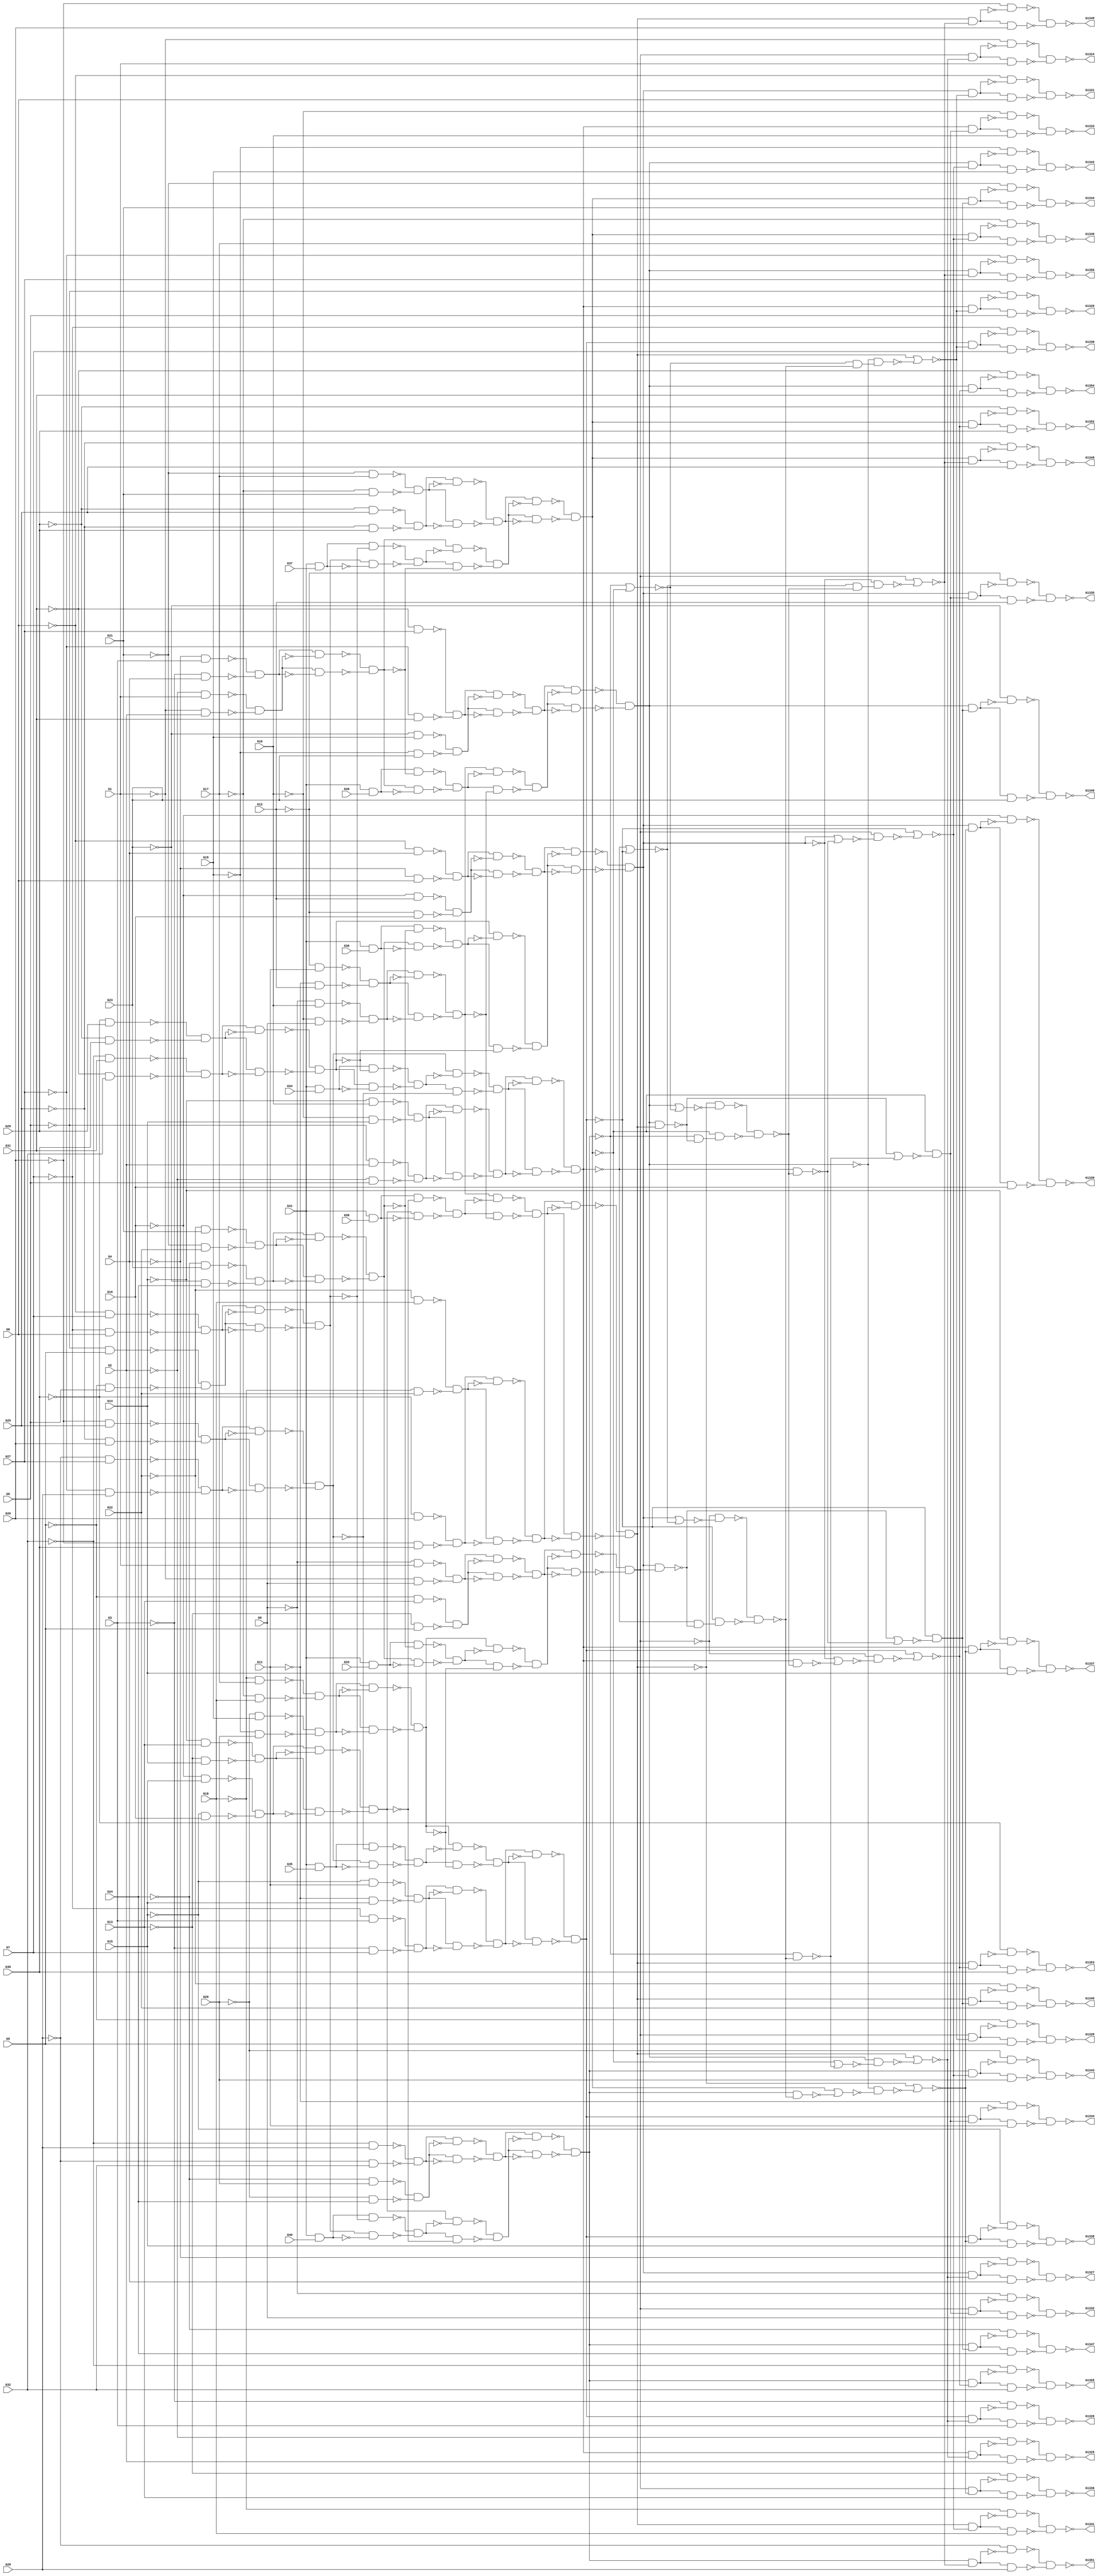

// Generated by Cadence Genus(TM) Synthesis Solution 16.22-s033_1
// Generated on: May  5 2020 09:32:50 EDT (May  5 2020 13:32:50 UTC)

// Verification Directory fv/c1355

module c1355g(G1, G10, G11, G12, G13, G1324, G1325, G1326, G1327, G1328,
     G1329, G1330, G1331, G1332, G1333, G1334, G1335, G1336, G1337,
     G1338, G1339, G1340, G1341, G1342, G1343, G1344, G1345, G1346,
     G1347, G1348, G1349, G1350, G1351, G1352, G1353, G1354, G1355,
     G14, G15, G16, G17, G18, G19, G2, G20, G21, G22, G23, G24, G25,
     G26, G27, G28, G29, G3, G30, G31, G32, G33, G34, G35, G36, G37,
     G38, G39, G4, G40, G41, G5, G6, G7, G8, G9);
  input G1, G10, G11, G12, G13, G14, G15, G16, G17, G18, G19, G2, G20,
       G21, G22, G23, G24, G25, G26, G27, G28, G29, G3, G30, G31, G32,
       G33, G34, G35, G36, G37, G38, G39, G4, G40, G41, G5, G6, G7, G8,
       G9;
  output G1324, G1325, G1326, G1327, G1328, G1329, G1330, G1331, G1332,
       G1333, G1334, G1335, G1336, G1337, G1338, G1339, G1340, G1341,
       G1342, G1343, G1344, G1345, G1346, G1347, G1348, G1349, G1350,
       G1351, G1352, G1353, G1354, G1355;
  wire G1, G10, G11, G12, G13, G14, G15, G16, G17, G18, G19, G2, G20,
       G21, G22, G23, G24, G25, G26, G27, G28, G29, G3, G30, G31, G32,
       G33, G34, G35, G36, G37, G38, G39, G4, G40, G41, G5, G6, G7, G8,
       G9;
  wire G1324, G1325, G1326, G1327, G1328, G1329, G1330, G1331, G1332,
       G1333, G1334, G1335, G1336, G1337, G1338, G1339, G1340, G1341,
       G1342, G1343, G1344, G1345, G1346, G1347, G1348, G1349, G1350,
       G1351, G1352, G1353, G1354, G1355;
  wire n_0, n_1, n_2, n_3, n_4, n_5, n_6, n_7;
  wire n_8, n_9, n_10, n_11, n_12, n_13, n_14, n_15;
  wire n_16, n_17, n_18, n_19, n_20, n_21, n_22, n_23;
  wire n_24, n_25, n_26, n_27, n_28, n_29, n_30, n_31;
  wire n_32, n_33, n_34, n_35, n_36, n_37, n_38, n_39;
  wire n_40, n_41, n_42, n_43, n_44, n_45, n_46, n_47;
  wire n_48, n_49, n_50, n_51, n_52, n_53, n_54, n_55;
  wire n_56, n_57, n_58, n_59, n_60, n_61, n_62, n_63;
  wire n_64, n_65, n_66, n_67, n_68, n_69, n_70, n_71;
  wire n_72, n_73, n_75, n_77, n_79, n_81, n_82, n_83;
  wire n_84, n_85, n_86, n_87, n_88, n_89, n_90, n_91;
  wire n_92, n_93, n_94, n_95, n_96, n_97, n_98, n_99;
  wire n_100, n_101, n_102, n_103, n_104, n_105, n_106, n_107;
  wire n_108, n_109, n_110, n_111, n_112, n_113, n_114, n_115;
  wire n_116, n_117, n_118, n_119, n_120, n_121, n_122, n_123;
  wire n_124, n_125, n_126, n_127, n_128, n_129, n_130, n_131;
  wire n_132, n_133, n_134, n_135, n_136, n_137, n_138, n_139;
  wire n_140, n_141, n_142, n_143, n_144, n_145, n_146, n_147;
  wire n_148, n_149, n_150, n_151, n_152, n_153, n_154, n_155;
  wire n_156, n_157, n_158, n_159, n_160, n_161, n_162, n_163;
  wire n_164, n_165, n_166, n_167, n_168, n_169;
  wire w, w0, w1, w2;
  nand g2142__7837 (G1336, w0, w2);
  nand g2 (w2, w1, G13);
  not g1 (w1, n_167);
  nand g0 (w0, w, n_167);
  not g (w, G13);
  wire w3, w4, w5, w6;
  nand g2138__7557 (G1325, w4, w6);
  nand g6 (w6, w5, G2);
  not g5 (w5, n_164);
  nand g4 (w4, w3, n_164);
  not g3 (w3, G2);
  wire w7, w8, w9, w10;
  nand g2130__7654 (G1326, w8, w10);
  nand g10 (w10, w9, G3);
  not g9 (w9, n_150);
  nand g8 (w8, w7, n_150);
  not g7 (w7, G3);
  wire w11, w12, w13, w14;
  nand g2131__8867 (G1327, w12, w14);
  nand g14 (w14, w13, G4);
  not g13 (w13, n_147);
  nand g12 (w12, w11, n_147);
  not g11 (w11, G4);
  wire w15, w16, w17, w18;
  nand g2133__1377 (G1324, w16, w18);
  nand g18 (w18, w17, G1);
  not g17 (w17, n_159);
  nand g16 (w16, w15, n_159);
  not g15 (w15, G1);
  wire w19, w20, w21, w22;
  nand g2137__3717 (G1337, w20, w22);
  nand g22 (w22, w21, G14);
  not g21 (w21, n_163);
  nand g20 (w20, w19, n_163);
  not g19 (w19, G14);
  wire w23, w24, w25, w26;
  nand g2143__4599 (G1338, w24, w26);
  nand g26 (w26, w25, G15);
  not g25 (w25, n_166);
  nand g24 (w24, w23, n_166);
  not g23 (w23, G15);
  wire w27, w28, w29, w30;
  nand g2144__3779 (G1339, w28, w30);
  nand g30 (w30, w29, G16);
  not g29 (w29, n_151);
  nand g28 (w28, w27, n_151);
  not g27 (w27, G16);
  wire w31, w32, w33, w34;
  nand g2135__2007 (G1352, w32, w34);
  nand g34 (w34, w33, G29);
  not g33 (w33, n_168);
  nand g32 (w32, w31, n_168);
  not g31 (w31, G29);
  wire w35, w36, w37, w38;
  nand g2129__1237 (G1341, w36, w38);
  nand g38 (w38, w37, G18);
  not g37 (w37, n_169);
  nand g36 (w36, w35, n_169);
  not g35 (w35, G18);
  wire w39, w40, w41, w42;
  nand g2134__1297 (G1342, w40, w42);
  nand g42 (w42, w41, G19);
  not g41 (w41, n_161);
  nand g40 (w40, w39, n_161);
  not g39 (w39, G19);
  wire w43, w44, w45, w46;
  nand g2139__2006 (G1343, w44, w46);
  nand g46 (w46, w45, G20);
  not g45 (w45, n_148);
  nand g44 (w44, w43, n_148);
  not g43 (w43, G20);
  wire w47, w48, w49, w50;
  nand g2132__2833 (G1340, w48, w50);
  nand g50 (w50, w49, G17);
  not g49 (w49, n_153);
  nand g48 (w48, w47, n_153);
  not g47 (w47, G17);
  wire w51, w52, w53, w54;
  nand g2136__7547 (G1353, w52, w54);
  nand g54 (w54, w53, G30);
  not g53 (w53, n_156);
  nand g52 (w52, w51, n_156);
  not g51 (w51, G30);
  wire w55, w56, w57, w58;
  nand g2141__7765 (G1354, w56, w58);
  nand g58 (w58, w57, G31);
  not g57 (w57, n_145);
  nand g56 (w56, w55, n_145);
  not g55 (w55, G31);
  wire w59, w60, w61, w62;
  nand g2140__9867 (G1355, w60, w62);
  nand g62 (w62, w61, G32);
  not g61 (w61, n_143);
  nand g60 (w60, w59, n_143);
  not g59 (w59, G32);
  wire w63, w64, w65, w66;
  nand g2158__3377 (G1333, w64, w66);
  nand g66 (w66, w65, G10);
  not g65 (w65, n_140);
  nand g64 (w64, w63, n_140);
  not g63 (w63, G10);
  wire w67, w68, w69, w70;
  nand g2153__9719 (G1329, w68, w70);
  nand g70 (w70, w69, G6);
  not g69 (w69, n_137);
  nand g68 (w68, w67, n_137);
  not g67 (w67, G6);
  wire w71, w72, w73, w74;
  nand g2147__1591 (G1331, w72, w74);
  nand g74 (w74, w73, G8);
  not g73 (w73, n_134);
  nand g72 (w72, w71, n_134);
  not g71 (w71, G8);
  wire w75, w76, w77, w78;
  nand g2148__6789 (G1332, w76, w78);
  nand g78 (w78, w77, G9);
  not g77 (w77, n_125);
  nand g76 (w76, w75, n_125);
  not g75 (w75, G9);
  wire w79, w80, w81, w82;
  nand g2149__5927 (G1328, w80, w82);
  nand g82 (w82, w81, G5);
  not g81 (w81, n_141);
  nand g80 (w80, w79, n_141);
  not g79 (w79, G5);
  wire w83, w84, w85, w86;
  nand g2145__2001 (G1334, w84, w86);
  nand g86 (w86, w85, G11);
  not g85 (w85, n_129);
  nand g84 (w84, w83, n_129);
  not g83 (w83, G11);
  wire w87, w88, w89, w90;
  nand g2146__1122 (G1330, w88, w90);
  nand g90 (w90, w89, G7);
  not g89 (w89, n_135);
  nand g88 (w88, w87, n_135);
  not g87 (w87, G7);
  wire w91, w92, w93, w94;
  nand g2150__2005 (G1335, w92, w94);
  nand g94 (w94, w93, G12);
  not g93 (w93, n_127);
  nand g92 (w92, w91, n_127);
  not g91 (w91, G12);
  wire w95, w96, w97, w98;
  nand g2154__9771 (G1348, w96, w98);
  nand g98 (w98, w97, G25);
  not g97 (w97, n_122);
  nand g96 (w96, w95, n_122);
  not g95 (w95, G25);
  wire w99, w100, w101, w102;
  nand g2152__3457 (G1345, w100, w102);
  nand g102 (w102, w101, G22);
  not g101 (w101, n_133);
  nand g100 (w100, w99, n_133);
  not g99 (w99, G22);
  wire w103, w104, w105, w106;
  nand g2157__1279 (G1346, w104, w106);
  nand g106 (w106, w105, G23);
  not g105 (w105, n_123);
  nand g104 (w104, w103, n_123);
  not g103 (w103, G23);
  wire w107, w108, w109, w110;
  nand g2159__6179 (G1347, w108, w110);
  nand g110 (w110, w109, G24);
  not g109 (w109, n_139);
  nand g108 (w108, w107, n_139);
  not g107 (w107, G24);
  wire w111, w112, w113, w114;
  nand g2151__7837 (G1344, w112, w114);
  nand g114 (w114, w113, G21);
  not g113 (w113, n_124);
  nand g112 (w112, w111, n_124);
  not g111 (w111, G21);
  wire w115, w116, w117, w118;
  nand g2155__7557 (G1349, w116, w118);
  nand g118 (w118, w117, G26);
  not g117 (w117, n_126);
  nand g116 (w116, w115, n_126);
  not g115 (w115, G26);
  wire w119, w120, w121, w122;
  nand g2156__7654 (G1350, w120, w122);
  nand g122 (w122, w121, G27);
  not g121 (w121, n_131);
  nand g120 (w120, w119, n_131);
  not g119 (w119, G27);
  wire w123, w124, w125, w126;
  nand g2160__8867 (G1351, w124, w126);
  nand g126 (w126, w125, G28);
  not g125 (w125, n_138);
  nand g124 (w124, w123, n_138);
  not g123 (w123, G28);
  nand g2170__1377 (n_169, n_154, n_160);
  nand g2169__3717 (n_168, n_152, n_155);
  nand g2165__4599 (n_167, n_157, n_165);
  nand g2163__3779 (n_166, n_149, n_165);
  nand g2161__2007 (n_164, n_162, n_158);
  nand g2162__1237 (n_163, n_162, n_165);
  nand g2171__1297 (n_161, n_144, n_160);
  nand g2166__2006 (n_159, n_157, n_158);
  nand g2174__2833 (n_156, n_154, n_155);
  nand g2173__7547 (n_153, n_152, n_160);
  nand g2164__7765 (n_151, n_146, n_165);
  nand g2167__9867 (n_150, n_149, n_158);
  nand g2172__3377 (n_148, n_142, n_160);
  nand g2168__9719 (n_147, n_146, n_158);
  nand g2175__1591 (n_145, n_144, n_155);
  nand g2176__6789 (n_143, n_142, n_155);
  nand g2181__5927 (n_141, n_157, n_136);
  nand g2178__2001 (n_140, n_162, n_128);
  nand g2179__1122 (n_139, n_142, n_132);
  nand g2180__2005 (n_138, n_142, n_130);
  nand g2177__9771 (n_137, n_162, n_136);
  nand g2182__3457 (n_135, n_149, n_136);
  nand g2183__1279 (n_134, n_146, n_136);
  nand g2184__6179 (n_133, n_154, n_132);
  nand g2189__7837 (n_131, n_144, n_130);
  nand g2186__7557 (n_129, n_149, n_128);
  nand g2187__7654 (n_127, n_146, n_128);
  nand g2188__8867 (n_126, n_154, n_130);
  nand g2185__1377 (n_125, n_157, n_128);
  nand g2190__3717 (n_124, n_152, n_132);
  nand g2191__4599 (n_123, n_144, n_132);
  nand g2192__3779 (n_122, n_152, n_130);
  nor g2193__2007 (n_160, n_115, n_118);
  nor g2194__1237 (n_155, n_149, n_119);
  nor g2195__1297 (n_158, n_154, n_121);
  nor g2196__2006 (n_165, n_88, n_120);
  nor g2199__2833 (n_130, n_157, n_112);
  nor g2200__7547 (n_136, n_154, n_114);
  not g2201 (n_128, n_117);
  not g2202 (n_132, n_116);
  nand g2197__7765 (n_121, n_144, n_111);
  nand g2198__9867 (n_120, n_113, n_104);
  nand g2203__3377 (n_119, n_90, n_103);
  nand g2204__9719 (n_118, n_157, n_106);
  nand g2205__1591 (n_117, n_110, n_108);
  nand g2206__6789 (n_116, n_115, n_109);
  nand g2210__5927 (n_114, n_113, n_101);
  nand g2212__2001 (n_112, n_102, n_100);
  nor g2207__1122 (n_111, n_110, n_107);
  nor g2208__2005 (n_109, n_81, n_105);
  nor g2209__9771 (n_108, n_84, n_107);
  nor g2211__3457 (n_106, n_146, n_105);
  nor g2213__1279 (n_104, n_152, n_95);
  nor g2214__6179 (n_103, n_102, n_97);
  not g2215 (n_101, n_98);
  not g2216 (n_100, n_99);
  nand g2218__7837 (n_99, n_75, n_96);
  nand g2217__7557 (n_98, n_72, n_94);
  nand g2220__7654 (n_97, n_162, n_96);
  nand g2219__8867 (n_95, n_142, n_94);
  nand g2222__1377 (n_107, n_83, n_94);
  nand g2221__3717 (n_105, n_79, n_96);
  nand g2223__4599 (n_96, n_89, n_92);
  nand g2224__3779 (n_94, n_91, n_93);
  nand g2226__2007 (n_93, n_115, n_86);
  nand g2228__1237 (n_92, n_110, n_87);
  nand g2225__1297 (n_91, n_90, n_77);
  nand g2227__2006 (n_89, n_88, n_73);
  not g2231 (n_87, n_85);
  not g2232 (n_86, n_82);
  nand g2233__2833 (n_85, n_83, n_84);
  nand g2234__7547 (n_82, n_79, n_81);
  nor g2229__7765 (n_77, n_146, n_75);
  nor g2230__9867 (n_73, n_144, n_72);
  nand g2235__3377 (n_81, n_146, n_157);
  nand g2238__9719 (n_84, n_144, n_154);
  nor g2236__1591 (n_75, n_79, n_115);
  nor g2237__6789 (n_72, n_83, n_110);
  not g2240 (n_152, n_110);
  not g2247 (n_162, n_79);
  not g2242 (n_157, n_90);
  not g2241 (n_146, n_102);
  not g2249 (n_149, n_115);
  not g2239 (n_142, n_83);
  not g2248 (n_144, n_113);
  not g2250 (n_154, n_88);
  wire w127, w128, w129, w130;
  nand g2245__5927 (n_102, w128, w130);
  nand g130 (w130, w129, n_47);
  not g129 (w129, n_71);
  nand g128 (w128, w127, n_71);
  not g127 (w127, n_47);
  wire w131, w132, w133, w134;
  nand g2246__2001 (n_90, w132, w134);
  nand g134 (w134, w133, n_41);
  not g133 (w133, n_70);
  nand g132 (w132, w131, n_70);
  not g131 (w131, n_41);
  wire w135, w136, w137, w138;
  nand g2243__1122 (n_83, w136, w138);
  nand g138 (w138, w137, n_45);
  not g137 (w137, n_67);
  nand g136 (w136, w135, n_67);
  not g135 (w135, n_45);
  wire w139, w140, w141, w142;
  nand g2244__2005 (n_110, w140, w142);
  nand g142 (w142, w141, n_43);
  not g141 (w141, n_69);
  nand g140 (w140, w139, n_69);
  not g139 (w139, n_43);
  wire w143, w144, w145, w146;
  nand g2252__9771 (n_113, w144, w146);
  nand g146 (w146, w145, n_46);
  not g145 (w145, n_64);
  nand g144 (w144, w143, n_64);
  not g143 (w143, n_46);
  wire w147, w148, w149, w150;
  nand g2254__3457 (n_88, w148, w150);
  nand g150 (w150, w149, n_42);
  not g149 (w149, n_68);
  nand g148 (w148, w147, n_68);
  not g147 (w147, n_42);
  wire w151, w152, w153, w154;
  nand g2251__1279 (n_79, w152, w154);
  nand g154 (w154, w153, n_40);
  not g153 (w153, n_62);
  nand g152 (w152, w151, n_62);
  not g151 (w151, n_40);
  wire w155, w156, w157, w158;
  nand g2253__6179 (n_115, w156, w158);
  nand g158 (w158, w157, n_44);
  not g157 (w157, n_66);
  nand g156 (w156, w155, n_66);
  not g155 (w155, n_44);
  wire w159, w160, w161, w162;
  nand g2257__7837 (n_71, w160, w162);
  nand g162 (w162, w161, n_48);
  not g161 (w161, n_61);
  nand g160 (w160, w159, n_61);
  not g159 (w159, n_48);
  wire w163, w164, w165, w166;
  nand g2256__7557 (n_70, w164, w166);
  nand g166 (w166, w165, n_65);
  not g165 (w165, n_60);
  nand g164 (w164, w163, n_60);
  not g163 (w163, n_65);
  wire w167, w168, w169, w170;
  nand g2255__7654 (n_69, w168, w170);
  nand g170 (w170, w169, n_50);
  not g169 (w169, n_58);
  nand g168 (w168, w167, n_58);
  not g167 (w167, n_50);
  wire w171, w172, w173, w174;
  nand g2258__8867 (n_68, w172, w174);
  nand g174 (w174, w173, n_63);
  not g173 (w173, n_57);
  nand g172 (w172, w171, n_57);
  not g171 (w171, n_63);
  wire w175, w176, w177, w178;
  nand g2261__1377 (n_67, w176, w178);
  nand g178 (w178, w177, n_56);
  not g177 (w177, n_55);
  nand g176 (w176, w175, n_55);
  not g175 (w175, n_56);
  wire w179, w180, w181, w182;
  nand g2260__3717 (n_66, w180, w182);
  nand g182 (w182, w181, n_65);
  not g181 (w181, n_53);
  nand g180 (w180, w179, n_53);
  not g179 (w179, n_65);
  wire w183, w184, w185, w186;
  nand g2259__4599 (n_64, w184, w186);
  nand g186 (w186, w185, n_63);
  not g185 (w185, n_51);
  nand g184 (w184, w183, n_51);
  not g183 (w183, n_63);
  wire w187, w188, w189, w190;
  nand g2262__3779 (n_62, w188, w190);
  nand g190 (w190, w189, n_52);
  not g189 (w189, n_49);
  nand g188 (w188, w187, n_49);
  not g187 (w187, n_52);
  wire w191, w192, w193, w194;
  nand g2265__2007 (n_61, w192, w194);
  nand g194 (w194, w193, n_6);
  not g193 (w193, n_59);
  nand g192 (w192, w191, n_59);
  not g191 (w191, n_6);
  wire w195, w196, w197, w198;
  nand g2264__1237 (n_60, w196, w198);
  nand g198 (w198, w197, n_1);
  not g197 (w197, n_59);
  nand g196 (w196, w195, n_59);
  not g195 (w195, n_1);
  wire w199, w200, w201, w202;
  nand g2263__1297 (n_58, w200, w202);
  nand g202 (w202, w201, n_5);
  not g201 (w201, n_54);
  nand g200 (w200, w199, n_54);
  not g199 (w199, n_5);
  wire w203, w204, w205, w206;
  nand g2266__2006 (n_57, w204, w206);
  nand g206 (w206, w205, n_7);
  not g205 (w205, n_56);
  nand g204 (w204, w203, n_56);
  not g203 (w203, n_7);
  wire w207, w208, w209, w210;
  nand g2268__2833 (n_55, w208, w210);
  nand g210 (w210, w209, n_3);
  not g209 (w209, n_54);
  nand g208 (w208, w207, n_54);
  not g207 (w207, n_3);
  wire w211, w212, w213, w214;
  nand g2269__7547 (n_53, w212, w214);
  nand g214 (w214, w213, n_0);
  not g213 (w213, n_52);
  nand g212 (w212, w211, n_52);
  not g211 (w211, n_0);
  wire w215, w216, w217, w218;
  nand g2267__7765 (n_51, w216, w218);
  nand g218 (w218, w217, n_4);
  not g217 (w217, n_50);
  nand g216 (w216, w215, n_50);
  not g215 (w215, n_4);
  wire w219, w220, w221, w222;
  nand g2270__9867 (n_49, w220, w222);
  nand g222 (w222, w221, n_2);
  not g221 (w221, n_48);
  nand g220 (w220, w219, n_48);
  not g219 (w219, n_2);
  wire w223, w224, w225, w226;
  nand g2275__3377 (n_47, w224, w226);
  nand g226 (w226, w225, n_16);
  not g225 (w225, n_14);
  nand g224 (w224, w223, n_14);
  not g223 (w223, n_16);
  wire w227, w228, w229, w230;
  nand g2274__9719 (n_46, w228, w230);
  nand g230 (w230, w229, n_28);
  not g229 (w229, n_24);
  nand g228 (w228, w227, n_24);
  not g227 (w227, n_28);
  wire w231, w232, w233, w234;
  nand g2271__1591 (n_45, w232, w234);
  nand g234 (w234, w233, n_15);
  not g233 (w233, n_17);
  nand g232 (w232, w231, n_17);
  not g231 (w231, n_15);
  wire w235, w236, w237, w238;
  nand g2273__6789 (n_44, w236, w238);
  nand g238 (w238, w237, n_35);
  not g237 (w237, n_10);
  nand g236 (w236, w235, n_10);
  not g235 (w235, n_35);
  wire w239, w240, w241, w242;
  nand g2272__5927 (n_43, w240, w242);
  nand g242 (w242, w241, n_32);
  not g241 (w241, n_39);
  nand g240 (w240, w239, n_39);
  not g239 (w239, n_32);
  wire w243, w244, w245, w246;
  nand g2277__2001 (n_56, w244, w246);
  nand g246 (w246, w245, n_31);
  not g245 (w245, n_30);
  nand g244 (w244, w243, n_30);
  not g243 (w243, n_31);
  wire w247, w248, w249, w250;
  nand g2278__1122 (n_63, w248, w250);
  nand g250 (w250, w249, n_23);
  not g249 (w249, n_38);
  nand g248 (w248, w247, n_38);
  not g247 (w247, n_23);
  wire w251, w252, w253, w254;
  nand g2276__2005 (n_54, w252, w254);
  nand g254 (w254, w253, n_37);
  not g253 (w253, n_19);
  nand g252 (w252, w251, n_19);
  not g251 (w251, n_37);
  wire w255, w256, w257, w258;
  nand g2280__9771 (n_42, w256, w258);
  nand g258 (w258, w257, n_8);
  not g257 (w257, n_33);
  nand g256 (w256, w255, n_33);
  not g255 (w255, n_8);
  wire w259, w260, w261, w262;
  nand g2281__3457 (n_41, w260, w262);
  nand g262 (w262, w261, n_11);
  not g261 (w261, n_18);
  nand g260 (w260, w259, n_18);
  not g259 (w259, n_11);
  wire w263, w264, w265, w266;
  nand g2279__1279 (n_40, w264, w266);
  nand g266 (w266, w265, n_12);
  not g265 (w265, n_13);
  nand g264 (w264, w263, n_13);
  not g263 (w263, n_12);
  wire w267, w268, w269, w270;
  nand g2282__6179 (n_50, w268, w270);
  nand g270 (w270, w269, n_9);
  not g269 (w269, n_21);
  nand g268 (w268, w267, n_21);
  not g267 (w267, n_9);
  wire w271, w272, w273, w274;
  nand g2283__7837 (n_52, w272, w274);
  nand g274 (w274, w273, n_26);
  not g273 (w273, n_25);
  nand g272 (w272, w271, n_25);
  not g271 (w271, n_26);
  wire w275, w276, w277, w278;
  nand g2284__7557 (n_65, w276, w278);
  nand g278 (w278, w277, n_20);
  not g277 (w277, n_36);
  nand g276 (w276, w275, n_36);
  not g275 (w275, n_20);
  wire w279, w280, w281, w282;
  nand g2285__7654 (n_48, w280, w282);
  nand g282 (w282, w281, n_22);
  not g281 (w281, n_27);
  nand g280 (w280, w279, n_27);
  not g279 (w279, n_22);
  wire w283, w284, w285, w286;
  nand g2286__8867 (n_59, w284, w286);
  nand g286 (w286, w285, n_29);
  not g285 (w285, n_34);
  nand g284 (w284, w283, n_34);
  not g283 (w283, n_29);
  wire w287, w288, w289, w290;
  nand g2295__1377 (n_39, w288, w290);
  nand g290 (w290, w289, G21);
  not g289 (w289, G17);
  nand g288 (w288, w287, G17);
  not g287 (w287, G21);
  wire w291, w292, w293, w294;
  nand g2297__3717 (n_38, w292, w294);
  nand g294 (w294, w293, G12);
  not g293 (w293, G11);
  nand g292 (w292, w291, G11);
  not g291 (w291, G12);
  wire w295, w296, w297, w298;
  nand g2298__4599 (n_37, w296, w298);
  nand g298 (w298, w297, G8);
  not g297 (w297, G7);
  nand g296 (w296, w295, G7);
  not g295 (w295, G8);
  wire w299, w300, w301, w302;
  nand g2299__3779 (n_36, w300, w302);
  nand g302 (w302, w301, G18);
  not g301 (w301, G17);
  nand g300 (w300, w299, G17);
  not g299 (w299, G18);
  wire w303, w304, w305, w306;
  nand g2296__2007 (n_35, w304, w306);
  nand g306 (w306, w305, G7);
  not g305 (w305, G3);
  nand g304 (w304, w303, G3);
  not g303 (w303, G7);
  wire w307, w308, w309, w310;
  nand g2300__1237 (n_34, w308, w310);
  nand g310 (w310, w309, G22);
  not g309 (w309, G21);
  nand g308 (w308, w307, G21);
  not g307 (w307, G22);
  wire w311, w312, w313, w314;
  nand g2302__1297 (n_33, w312, w314);
  nand g314 (w314, w313, G22);
  not g313 (w313, G18);
  nand g312 (w312, w311, G18);
  not g311 (w311, G22);
  wire w315, w316, w317, w318;
  nand g2304__2006 (n_32, w316, w318);
  nand g318 (w318, w317, G29);
  not g317 (w317, G25);
  nand g316 (w316, w315, G25);
  not g315 (w315, G29);
  wire w319, w320, w321, w322;
  nand g2306__2833 (n_31, w320, w322);
  nand g322 (w322, w321, G16);
  not g321 (w321, G15);
  nand g320 (w320, w319, G15);
  not g319 (w319, G16);
  wire w323, w324, w325, w326;
  nand g2308__7547 (n_30, w324, w326);
  nand g326 (w326, w325, G14);
  not g325 (w325, G13);
  nand g324 (w324, w323, G13);
  not g323 (w323, G14);
  wire w327, w328, w329, w330;
  nand g2310__7765 (n_29, w328, w330);
  nand g330 (w330, w329, G24);
  not g329 (w329, G23);
  nand g328 (w328, w327, G23);
  not g327 (w327, G24);
  wire w331, w332, w333, w334;
  nand g2311__9867 (n_28, w332, w334);
  nand g334 (w334, w333, G31);
  not g333 (w333, G27);
  nand g332 (w332, w331, G27);
  not g331 (w331, G31);
  wire w335, w336, w337, w338;
  nand g2317__3377 (n_27, w336, w338);
  nand g338 (w338, w337, G30);
  not g337 (w337, G29);
  nand g336 (w336, w335, G29);
  not g335 (w335, G30);
  wire w339, w340, w341, w342;
  nand g2312__9719 (n_26, w340, w342);
  nand g342 (w342, w341, G28);
  not g341 (w341, G27);
  nand g340 (w340, w339, G27);
  not g339 (w339, G28);
  wire w343, w344, w345, w346;
  nand g2313__1591 (n_25, w344, w346);
  nand g346 (w346, w345, G26);
  not g345 (w345, G25);
  nand g344 (w344, w343, G25);
  not g343 (w343, G26);
  wire w347, w348, w349, w350;
  nand g2314__6789 (n_24, w348, w350);
  nand g350 (w350, w349, G23);
  not g349 (w349, G19);
  nand g348 (w348, w347, G19);
  not g347 (w347, G23);
  wire w351, w352, w353, w354;
  nand g2294__5927 (n_23, w352, w354);
  nand g354 (w354, w353, G9);
  not g353 (w353, G10);
  nand g352 (w352, w351, G10);
  not g351 (w351, G9);
  wire w355, w356, w357, w358;
  nand g2316__2001 (n_22, w356, w358);
  nand g358 (w358, w357, G32);
  not g357 (w357, G31);
  nand g356 (w356, w355, G31);
  not g355 (w355, G32);
  wire w359, w360, w361, w362;
  nand g2301__1122 (n_21, w360, w362);
  nand g362 (w362, w361, G2);
  not g361 (w361, G1);
  nand g360 (w360, w359, G1);
  not g359 (w359, G2);
  wire w363, w364, w365, w366;
  nand g2318__2005 (n_20, w364, w366);
  nand g366 (w366, w365, G20);
  not g365 (w365, G19);
  nand g364 (w364, w363, G19);
  not g363 (w363, G20);
  wire w367, w368, w369, w370;
  nand g2309__9771 (n_19, w368, w370);
  nand g370 (w370, w369, G6);
  not g369 (w369, G5);
  nand g368 (w368, w367, G5);
  not g367 (w367, G6);
  wire w371, w372, w373, w374;
  nand g2307__3457 (n_18, w372, w374);
  nand g374 (w374, w373, G5);
  not g373 (w373, G13);
  nand g372 (w372, w371, G13);
  not g371 (w371, G5);
  wire w375, w376, w377, w378;
  nand g2287__1279 (n_17, w376, w378);
  nand g378 (w378, w377, G24);
  not g377 (w377, G20);
  nand g376 (w376, w375, G20);
  not g375 (w375, G24);
  wire w379, w380, w381, w382;
  nand g2288__6179 (n_16, w380, w382);
  nand g382 (w382, w381, G8);
  not g381 (w381, G4);
  nand g380 (w380, w379, G4);
  not g379 (w379, G8);
  wire w383, w384, w385, w386;
  nand g2305__7837 (n_15, w384, w386);
  nand g386 (w386, w385, G32);
  not g385 (w385, G28);
  nand g384 (w384, w383, G28);
  not g383 (w383, G32);
  wire w387, w388, w389, w390;
  nand g2289__7557 (n_14, w388, w390);
  nand g390 (w390, w389, G16);
  not g389 (w389, G12);
  nand g388 (w388, w387, G12);
  not g387 (w387, G16);
  wire w391, w392, w393, w394;
  nand g2290__7654 (n_13, w392, w394);
  nand g394 (w394, w393, G14);
  not g393 (w393, G10);
  nand g392 (w392, w391, G10);
  not g391 (w391, G14);
  wire w395, w396, w397, w398;
  nand g2291__8867 (n_12, w396, w398);
  nand g398 (w398, w397, G6);
  not g397 (w397, G2);
  nand g396 (w396, w395, G2);
  not g395 (w395, G6);
  wire w399, w400, w401, w402;
  nand g2292__1377 (n_11, w400, w402);
  nand g402 (w402, w401, G9);
  not g401 (w401, G1);
  nand g400 (w400, w399, G1);
  not g399 (w399, G9);
  wire w403, w404, w405, w406;
  nand g2293__3717 (n_10, w404, w406);
  nand g406 (w406, w405, G15);
  not g405 (w405, G11);
  nand g404 (w404, w403, G11);
  not g403 (w403, G15);
  wire w407, w408, w409, w410;
  nand g2303__4599 (n_9, w408, w410);
  nand g410 (w410, w409, G4);
  not g409 (w409, G3);
  nand g408 (w408, w407, G3);
  not g407 (w407, G4);
  wire w411, w412, w413, w414;
  nand g2315__3779 (n_8, w412, w414);
  nand g414 (w414, w413, G30);
  not g413 (w413, G26);
  nand g412 (w412, w411, G26);
  not g411 (w411, G30);
  nand g2324__2007 (n_7, G41, G38);
  nand g2319__1237 (n_6, G41, G36);
  nand g2325__1297 (n_5, G41, G37);
  nand g2321__2006 (n_4, G41, G39);
  nand g2320__2833 (n_3, G41, G40);
  nand g2323__7547 (n_2, G41, G34);
  nand g2322__7765 (n_1, G41, G33);
  nand g2326__9867 (n_0, G41, G35);
endmodule